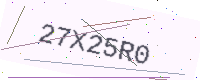
Text: 27X25R0